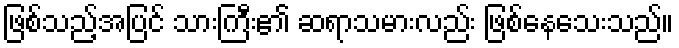
ဖြစ်သည့်အပြင် သားကြီး၏ ဆရာသမားလည်း ဖြစ်နေသေးသည်။